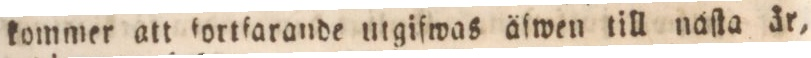
kommer att fortfarande utgifwas äfwen till naſta år,